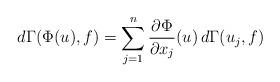
LaTeX: \begin{align*}d\Gamma(\Phi(u),f) = \sum_{j=1}^{n} \frac{\partial\Phi}{\partial x_{j}}(u) \, d\Gamma(u_{j},f)\end{align*}